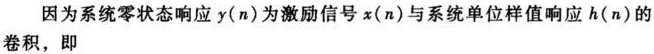
因为系统零状态响应$y(n)$为激励信号$x(n)$与系统单位样值响应$h(n)$的卷积，即